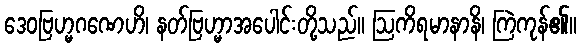
ဒေဝဗြဟ္မဂဏေဟိ၊ နတ်ဗြဟ္မာအပေါင်းတို့သည်။ ဩကိရမာနာနိ၊ ကြဲကုန်၏။